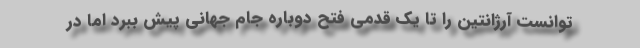
توانست آرژانتین را تا یک قدمی فتح دوباره جام جهانی پیش ببرد اما در